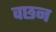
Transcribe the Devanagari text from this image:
वछन